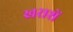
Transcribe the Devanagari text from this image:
खराशें